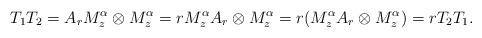
LaTeX: \begin{align*}T_1T_2= A_r M_z^{\alpha} \otimes M_z^{\alpha}= r M_z^{\alpha} A_r \otimes M_z^{\alpha}= r( M_z^{\alpha} A_r \otimes M_z^{\alpha})= rT_2T_1. \end{align*}